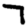
Digit: 7